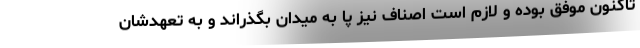
تاکنون موفق بوده و لازم است اصناف نیز پا به میدان بگذراند و به تعهدشان